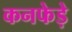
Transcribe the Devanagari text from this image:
कनफेड़े